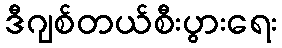
ဒီဂျစ်တယ်စီးပွားရေး